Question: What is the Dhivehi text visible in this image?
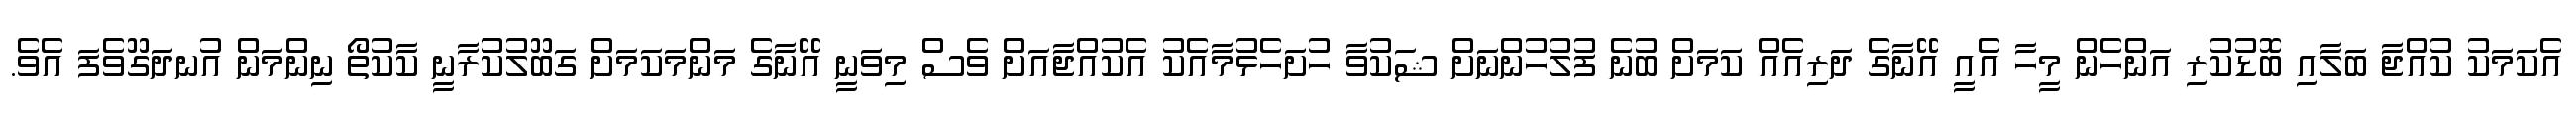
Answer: އެކަމަކު ކުއްޖާ ބަލާއި ބޮޑުކުރި އަންހެން މީހާ އެއީ އޭނާގެ ދަރިއެއް ކަމަށް ބުނެ ފުލުހުންނަށް ޝަކުވާ ހުށަހެޅުމާއެކު އެކުއްޖާއަށް ވެސް މިވަނީ އޭނާގެ މަންމަކަމަށް ގަބޫލުކުރާނީ ކާކުތޯ ނިންމަން އުނދަގޫވެފަ އެވެ.